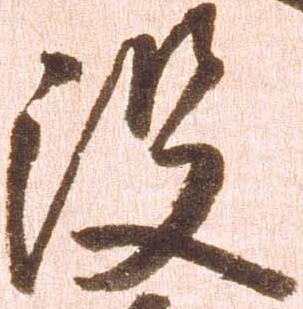
没